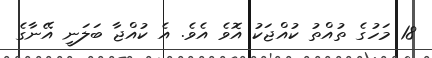
18 މަހުގެ ތުއްތު ކުއްޖަކު އޮވެ އެވެ. އެ ކުއްޖާ ބަލަނީ އޭނާގެ